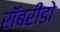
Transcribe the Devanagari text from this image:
रॉबरीडो